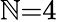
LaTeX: \mathbb{N}{=}4